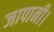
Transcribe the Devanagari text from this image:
जापानी।